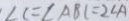
\angle C = \angle A B C = 2 \angle A